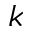
k